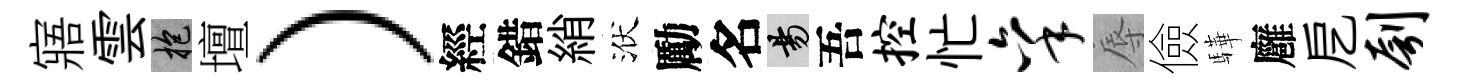
寤雲抱壇）經錯綃洑勵名昜吾控忙秉辱儉驊廱戹刳